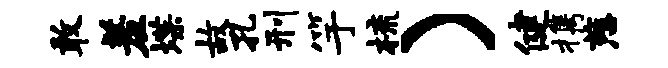
敢羞堞故孔刑竽梳）健携慈